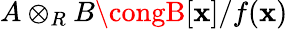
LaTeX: A\otimes_{R}B\congB[\mathbf{x}]/f(\mathbf{x})